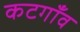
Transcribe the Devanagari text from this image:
कटगाँव